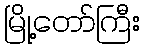
မြို့တော်ကြီး